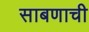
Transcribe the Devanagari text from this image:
साबणाची